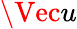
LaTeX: \Vec{u}